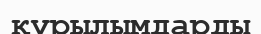
құрылымдарды